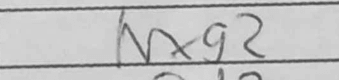
Transcription: Nxg2